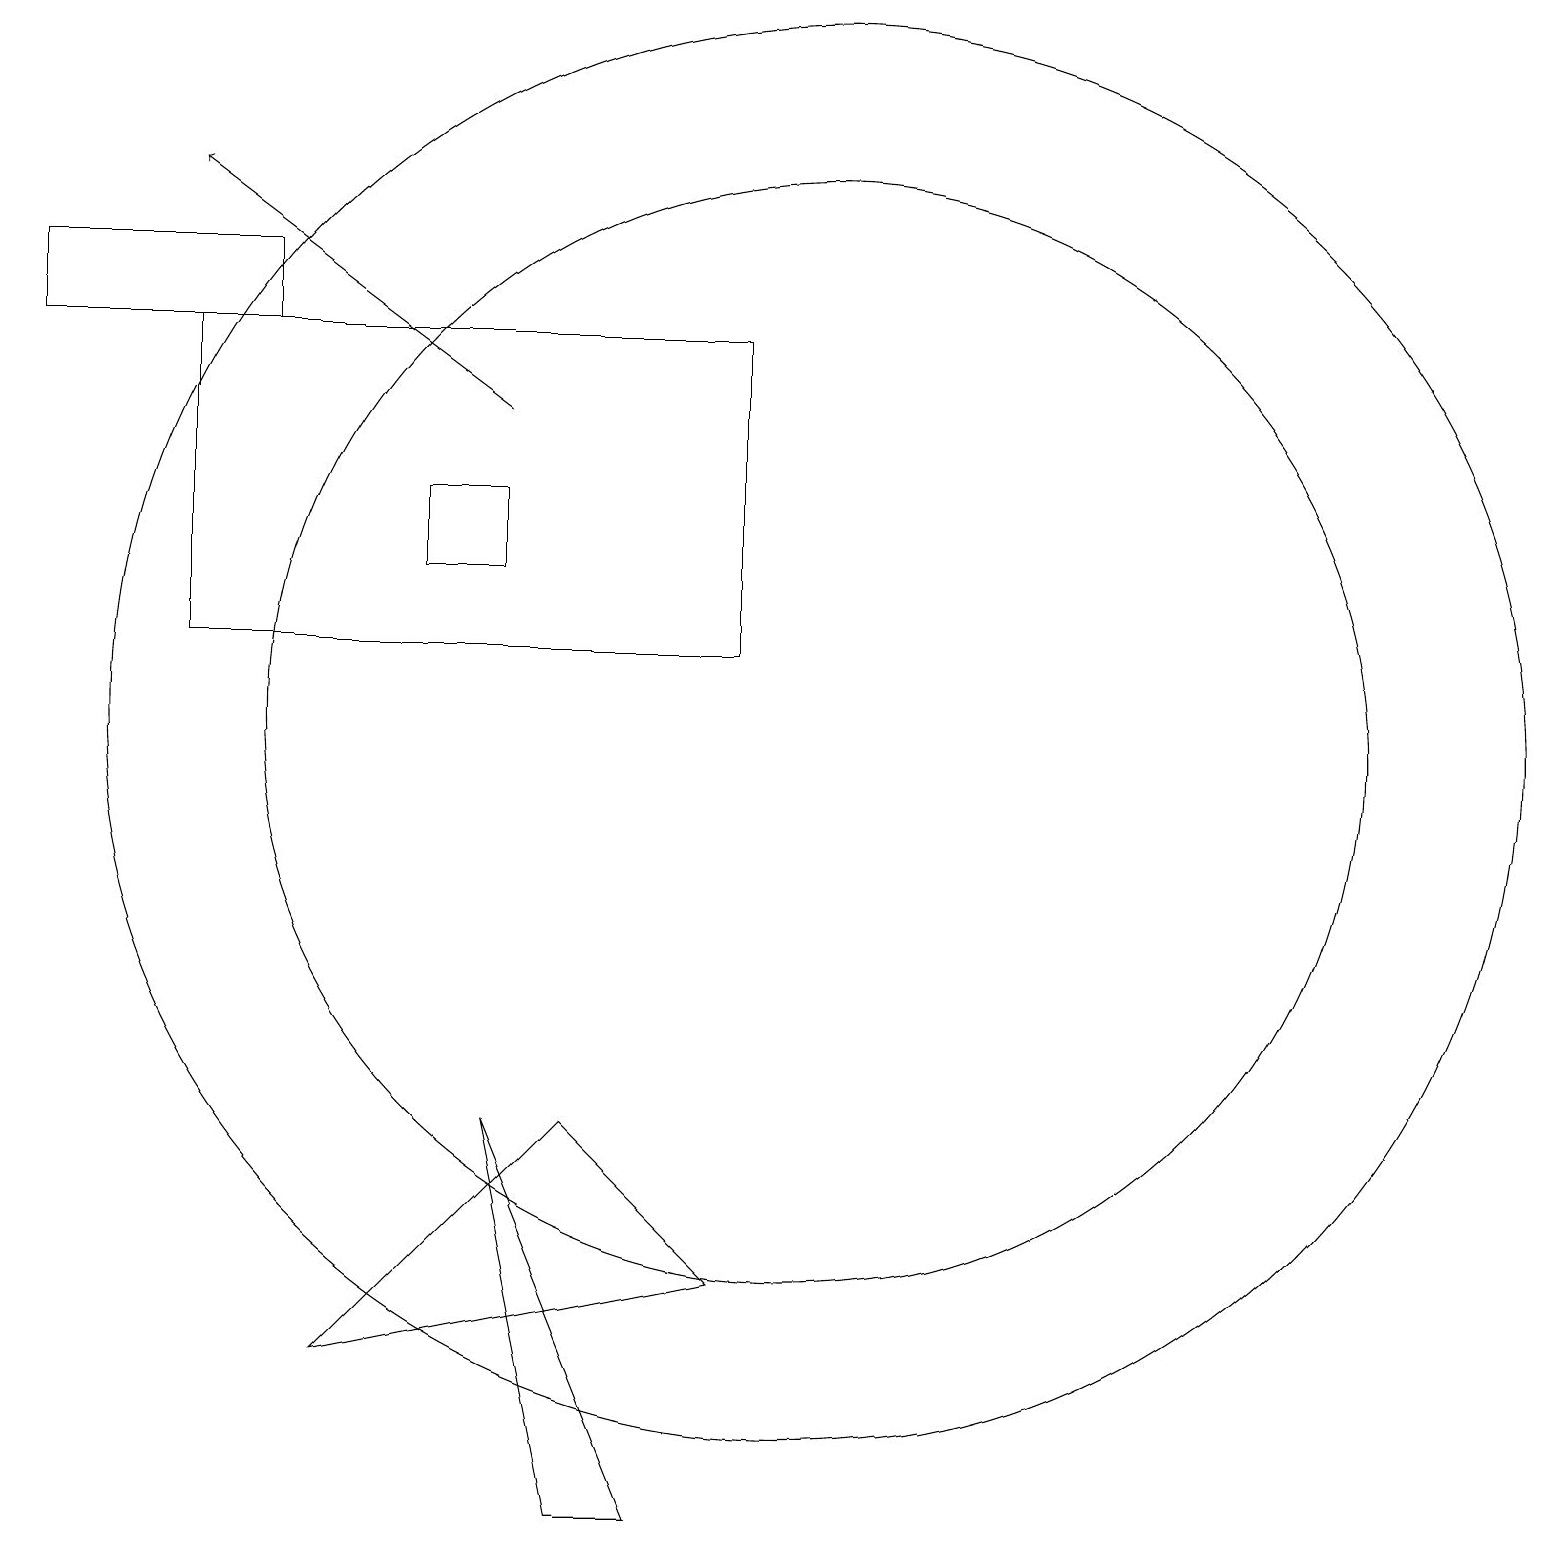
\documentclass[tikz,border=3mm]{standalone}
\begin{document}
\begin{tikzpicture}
\draw (10,11) circle (7);
\draw (5,14) rectangle (6,13);
\draw (10,11) circle (9);
\draw (6,6) -- (7,1) -- (8,1) -- cycle;
\draw (2,16) rectangle (9,12);
\draw (3,16) rectangle (0,17);
\draw (9,4) -- (4,3) -- (7,6) -- cycle;
\draw[->] (6,15) -- (2,18);
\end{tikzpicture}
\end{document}